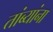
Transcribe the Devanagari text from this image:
तांब्यांना